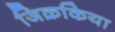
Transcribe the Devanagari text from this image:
जिक्रकिया